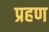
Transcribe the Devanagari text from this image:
प्रहण